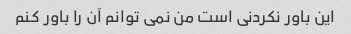
این باور نکردنی است من نمی توانم آن را باور کنم